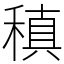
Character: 稹